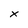
Character: x